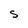
Character: S